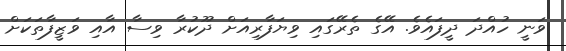
ވަނީ ހުއްދަ ދީފައެވެ. އޭގެ ތެރޭގައި ވިޔަފާރިއަށް ދޫކުރާ ވިސާ އާއި ވަޒީފާތަކަށް